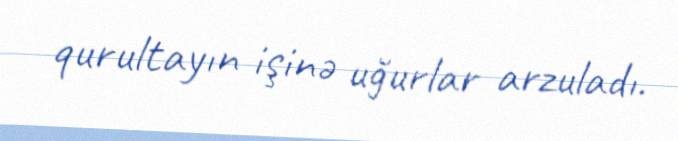
qurultayın işinə uğurlar arzuladı.